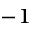
^ { - 1 }